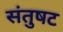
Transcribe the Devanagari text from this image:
संतुषट